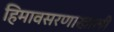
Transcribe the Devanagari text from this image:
हिमावसरणाखाली